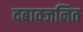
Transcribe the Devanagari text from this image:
दबावजनित